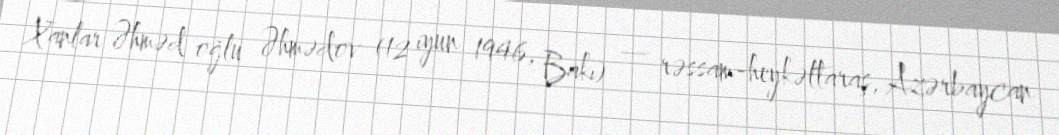
Xanlar Əhməd oğlu Əhmədov (12 iyun 1946, Bakı) — rəssam-heykəltaraş, Azərbaycan